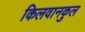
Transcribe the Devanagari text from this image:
किलवानकुल